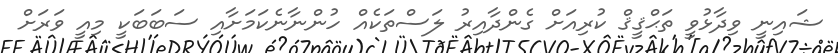
ޝައިނީ ވިދާޅުވީ ތަޙްޤީޤް ކުރިއަށް ގެންދާއިރު ލަސްތަކެއް ހުންނާނެކަމަށާއި ސަބަބަކީ މިއީ ވަރަށް